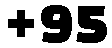
+95